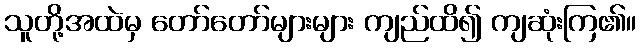
သူတို့အထဲမှ တော်တော်များများ ကျည်ထိ၍ ကျဆုံးကြ၏။